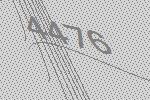
4476